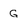
Character: G